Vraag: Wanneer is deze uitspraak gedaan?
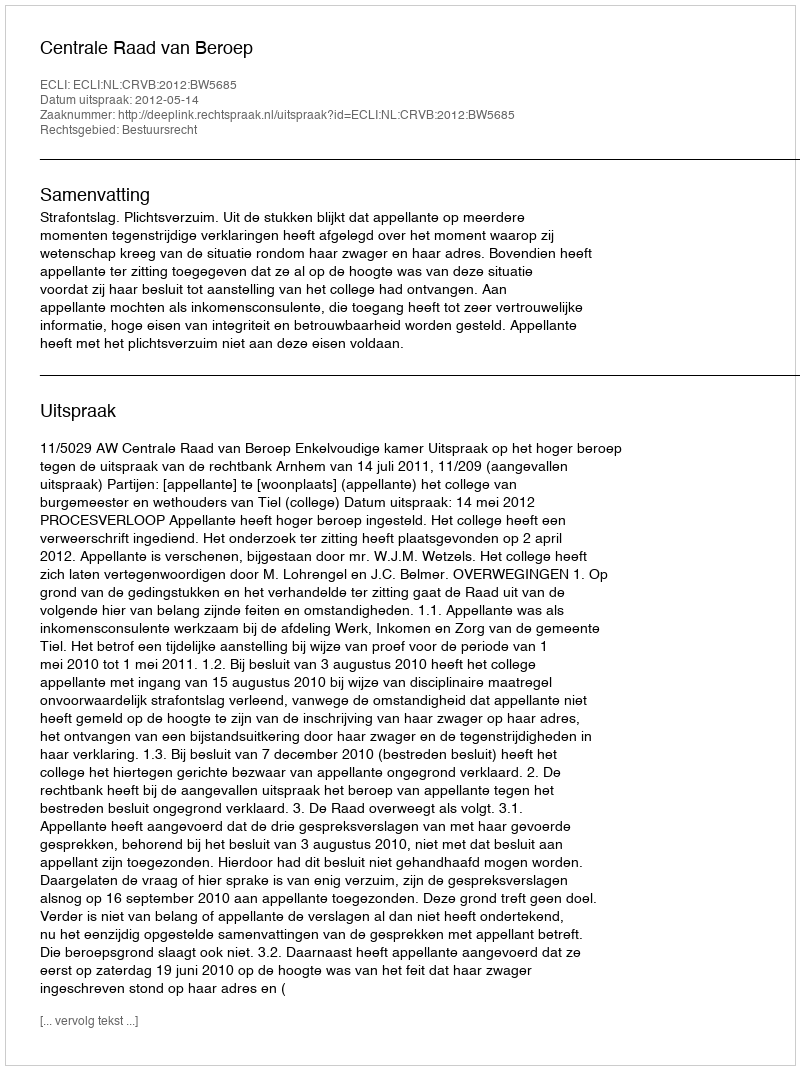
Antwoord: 2012-05-14